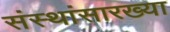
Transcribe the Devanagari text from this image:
संस्थांसारख्या